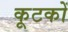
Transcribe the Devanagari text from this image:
कूटकों